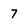
Character: 7